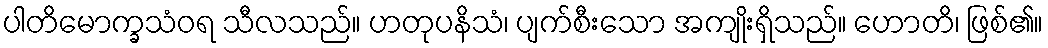
ပါတိမောက္ခသံဝရ သီလသည်။ ဟတုပနိသံ၊ ပျက်စီးသော အကျိုးရှိသည်။ ဟောတိ၊ ဖြစ်၏။